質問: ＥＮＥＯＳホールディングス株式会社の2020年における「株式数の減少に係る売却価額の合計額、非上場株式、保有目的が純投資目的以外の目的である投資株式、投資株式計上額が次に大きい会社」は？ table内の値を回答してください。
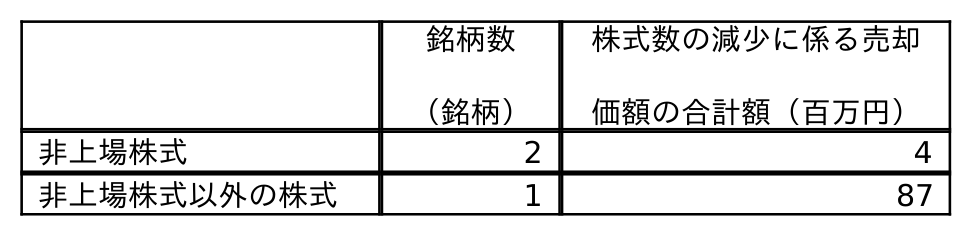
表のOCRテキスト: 銘柄数 （銘柄） 株式数の減少に係る売却 価額の合計額（百万円） 非上場株式 2 4 非上場株式以外の株式 1 87
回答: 4